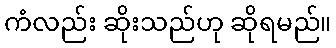
ကံလည်း ဆိုးသည်ဟု ဆိုရမည်။